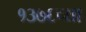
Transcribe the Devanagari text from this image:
१३७६च्या